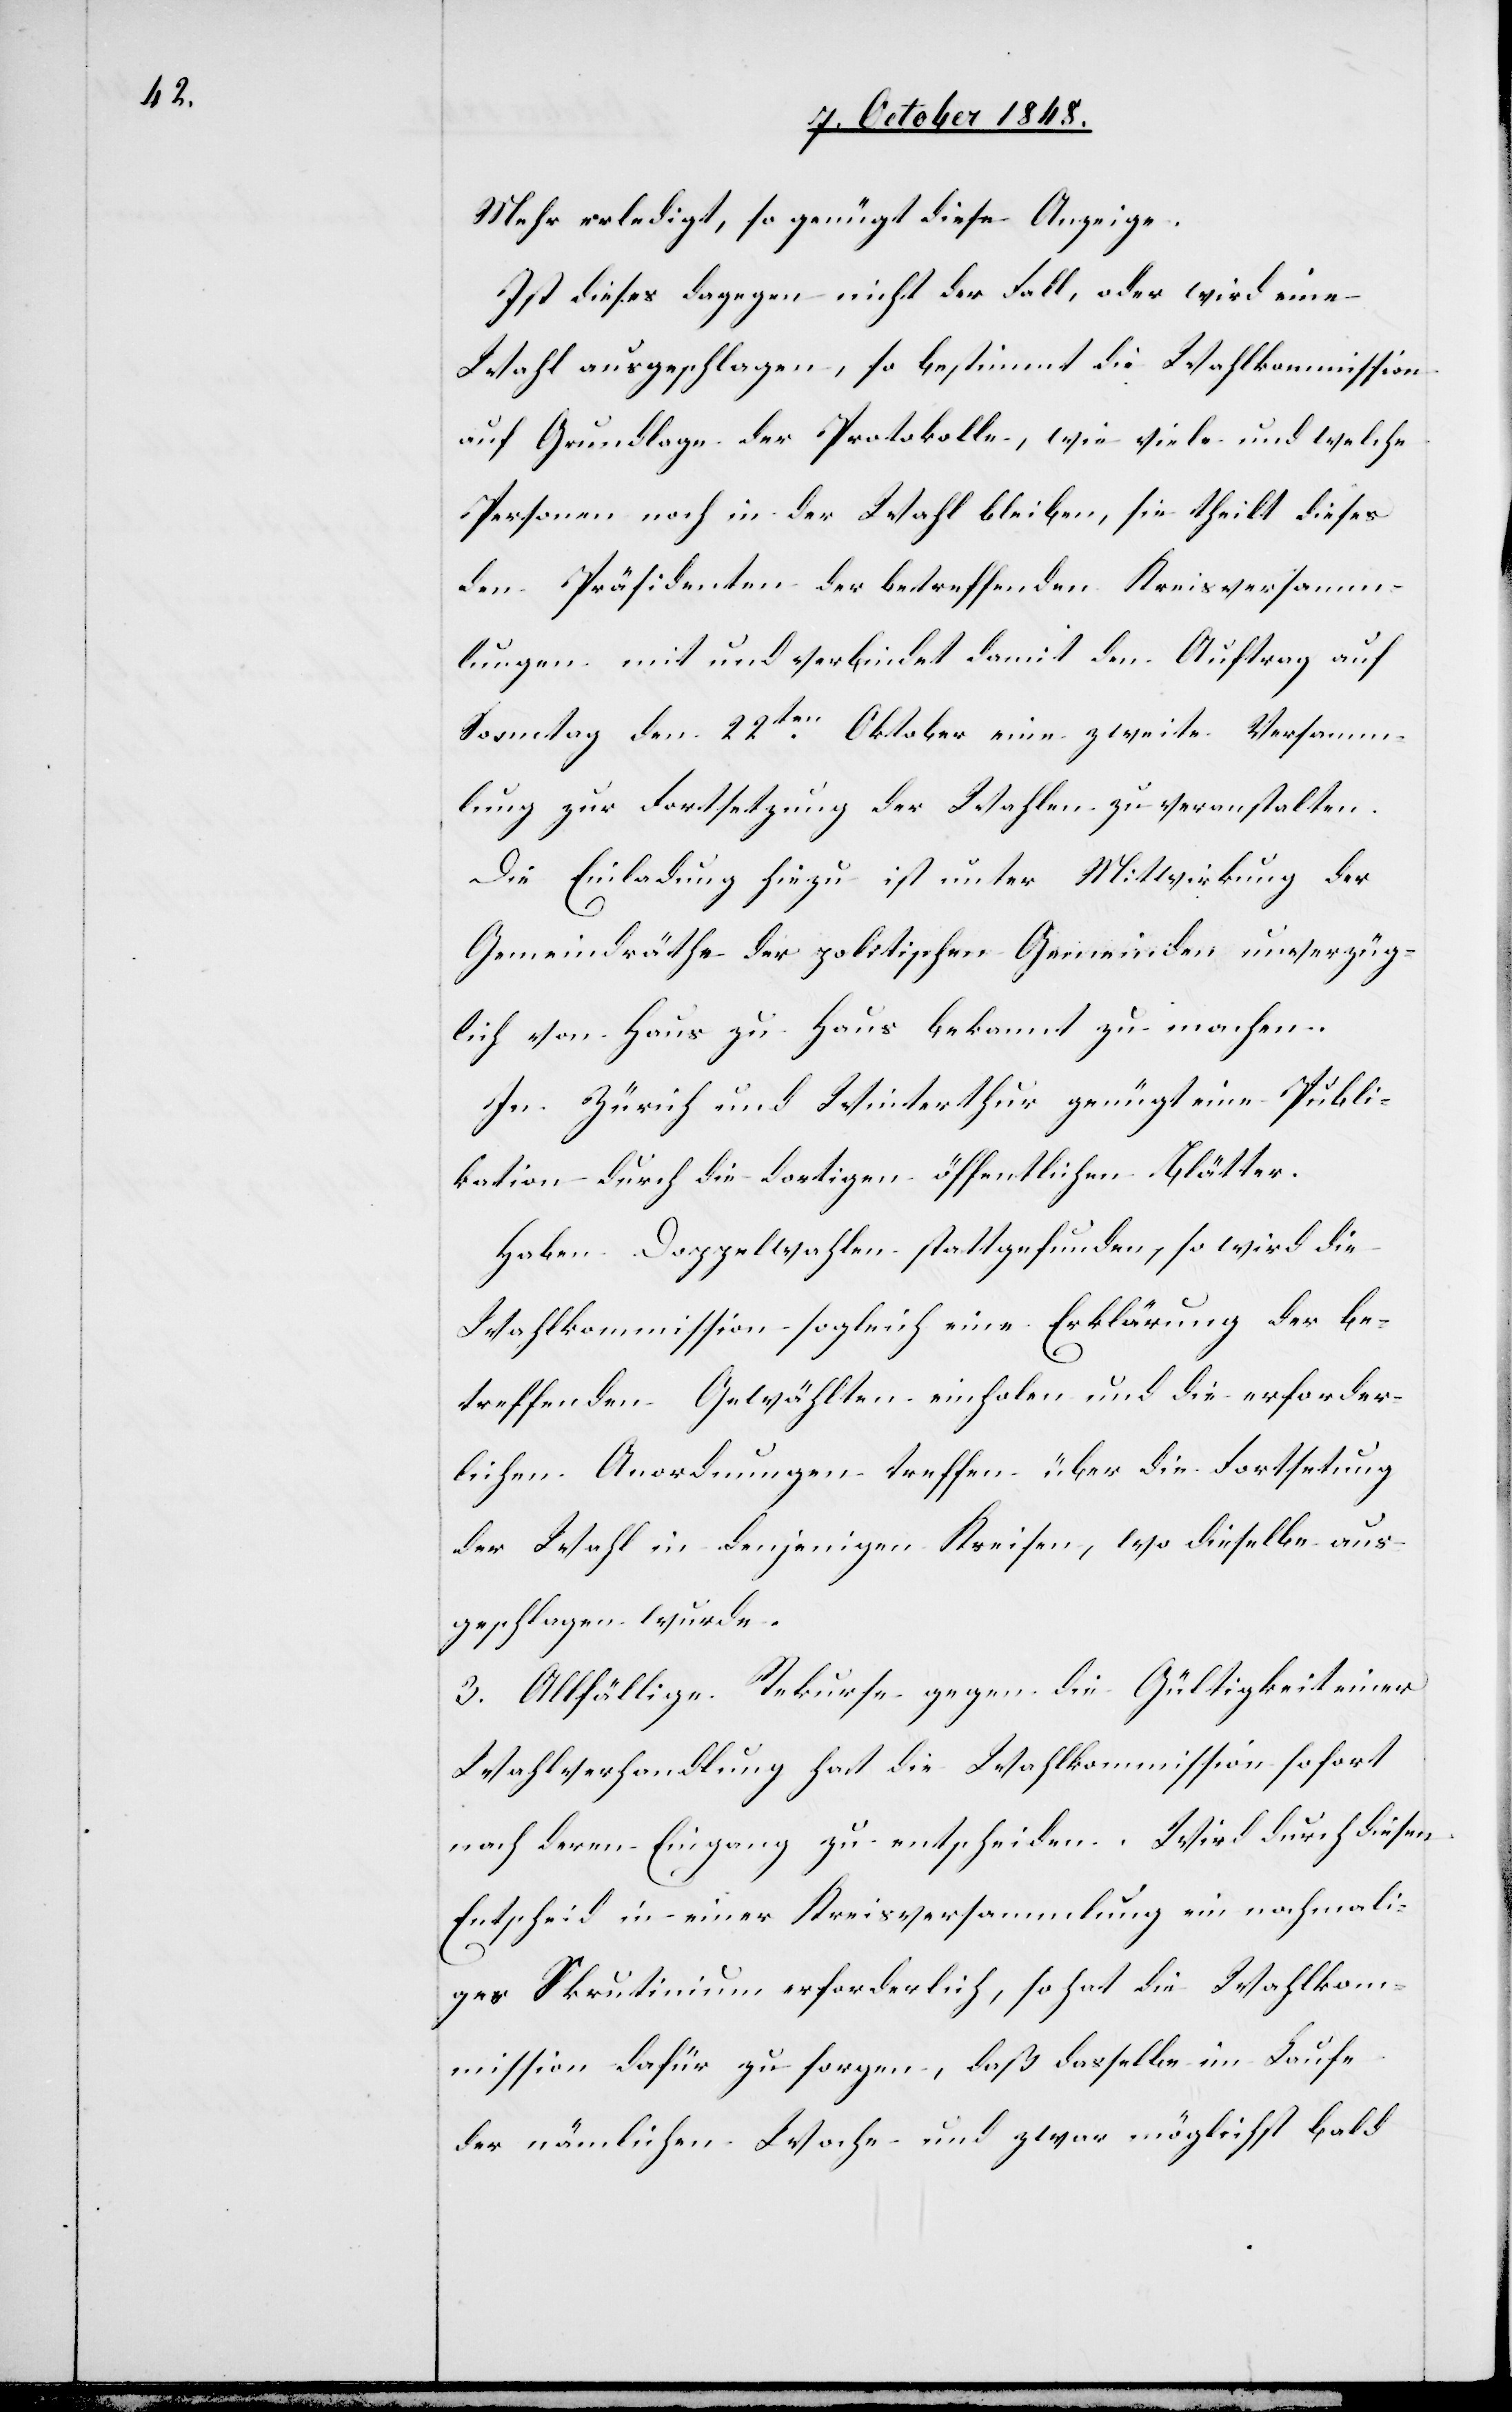
Mehr erledigt, so genügt diese Anzeige.¨
Ist dieses dagegen nicht der Fall, oder wird eine
Wahl ausgeschlagen, so bestimmt die Wahlkommission
auf Grundlage der Protokolle, wie viele und welche
Personen noch in der Wahl bleiben, sie theilt dieses
den Präsidenten der betreffenden Kreisversamm¬
lungen mit und verbindet damit den Auftrag auf
Sonntag den 22ten. Oktober eine zweite Versamm¬
lung zur Fortsetzung der Wahlen zu veranstalten.
Die Einladung hiezu ist unter Mitwirkung der
Gemeindräthe der politischen Gemeinden unverzüg¬
lich von Haus zu Haus bekannt zu machen.
In Zürich und Winterthur genügt eine Publi¬
kation durch die dortigen öffentlichen Blätter.
Haben Doppelwahlen stattgefunden, so wird die
Wahlkommission sogleich eine Erklärung der be¬
treffenden Gewählten einholen und die erforder¬
lichen Anordnungen treffen über die Fortset[z]ung
der Wahl in denjenigen Kreisen, wo dieselbe aus¬
geschlagen wurde.
3. Allfällige Rekurse gegen die Gültigkeit einer
Wahlverhandlung hat die Wahlkommission sofort
nach deren Eingang zu entscheiden. Wird durch diesen
Entscheid in einer Kreisversammlung ein nochmali¬
ges Skrutinium erforderlich, so hat die Wahlkom¬
mission dafür zu sorgen, daß dasselbe im Laufe
der nämlichen Woche und zwar möglichst bald